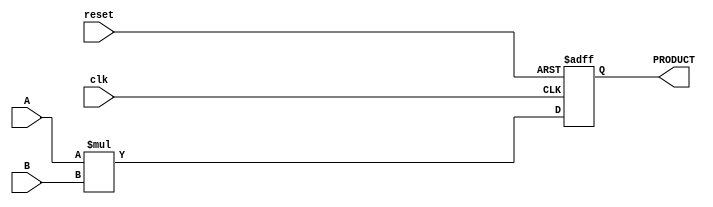
module Parameterized_Multiplier #(
    parameter WIDTH_A = 8,    // Bit-width of input A
    parameter WIDTH_B = 8,    // Bit-width of input B
    parameter WIDTH_OUT = WIDTH_A + WIDTH_B // Bit-width of output PRODUCT
) (
    input  wire [WIDTH_A-1:0] A,    // Input operand A
    input  wire [WIDTH_B-1:0] B,    // Input operand B
    input  wire clk,                 // Clock input
    input  wire reset,               // Reset input
    output reg [WIDTH_OUT-1:0] PRODUCT // Output product
);

    // Behavioral description for multiplication
    always @(posedge clk or posedge reset) begin
        if (reset) begin
            PRODUCT <= 0; // Initialize the output to zero on reset
        end else begin
            PRODUCT <= A * B; // Compute the product
        end
    end

endmodule